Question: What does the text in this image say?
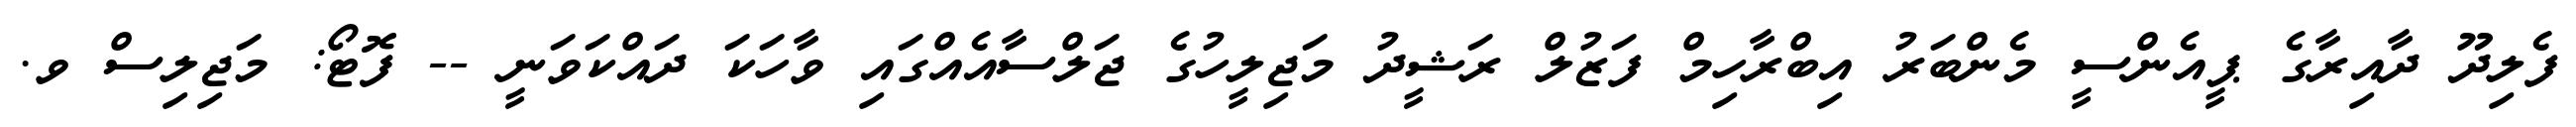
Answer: ފެލިދޫ ދާއިރާގެ ޕީއެންސީ މެންބަރު އިބްރާހިމް ފަޒުލް ރަޝީދު މަޖިލީހުގެ ޖަލްސާއެއްގައި ވާހަކަ ދައްކަވަނީ -- ފޮޓޯ: މަޖިލިސް ވ.